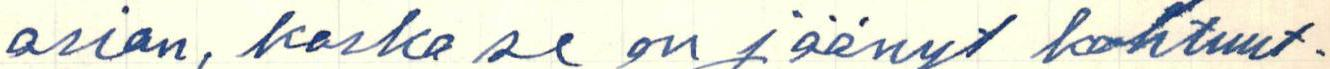
asian, koska se on jäänyt kohtuut-